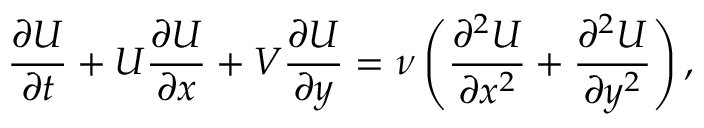
\frac { \partial U } { \partial t } + U \frac { \partial U } { \partial x } + V \frac { \partial U } { \partial y } = \nu \left( \frac { \partial ^ { 2 } U } { \partial x ^ { 2 } } + \frac { \partial ^ { 2 } U } { \partial y ^ { 2 } } \right) ,